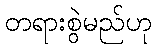
တရားစွဲမည်ဟု